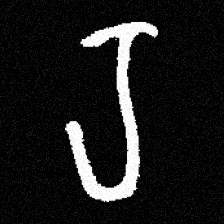
Pyu character \u2014 Myanmar letter: ရ (romanized: ra)